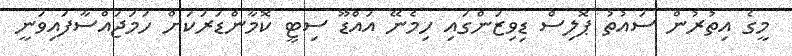
މީގެ އިތުރުން ސައުތު ޕޮލިސް ޑިވިޒަންގައި ހިމެނޭ އައްޑޫ ސިޓީ ކޮމާންޑަރަކަށް ހަމަޖައްސާފައިވަނީ